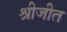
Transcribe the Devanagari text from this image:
श्रीजीत